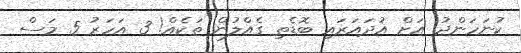
ކުނަހަންދު އަށް އުދައަރައި ބޮޑެތި ގެއްލުން ތަކެއް! 3 އަހަރު 5 މަސް